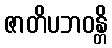
ဇာတိပဘဝန္တိ